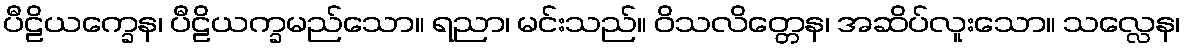
ပီဠိယက္ခေန၊ ပီဠိယက္ခမည်သော။ ရညာ၊ မင်းသည်။ ဝိသလိတ္တေန၊ အဆိပ်လူးသော။ သလ္လေန၊